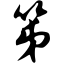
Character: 笫